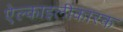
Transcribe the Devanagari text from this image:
ऐल्काइलीकारक